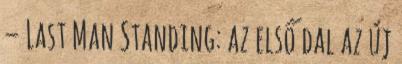
– Last Man Standing: az első dal az új